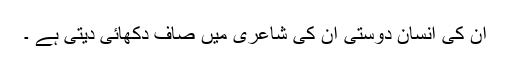
ان کی انسان دوستی ان کی شاعری میں صاف دکھائی دیتی ہے ۔